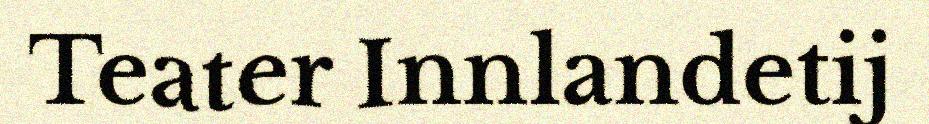
Teater Innlandetij